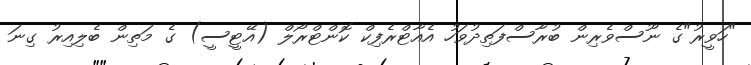
"ހަވީރު"ގެ ނޫސްވެރިން ބުރާސްފަތިދުވަހު އެއާޓްރެފިކް ކޮންޓްރޯލް (އޭޓީސީ) ގެ މަތިން ބެލިއިރު ގިނަ